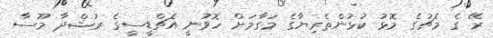
ރޭ ގެ މެޗުގެ މޮޅު ކުޅުންތެރިޔާގެ މަގާމަށް ހޮވުނީ އެޗްޑީސީގެ ރުޝްދާ މޫސާ